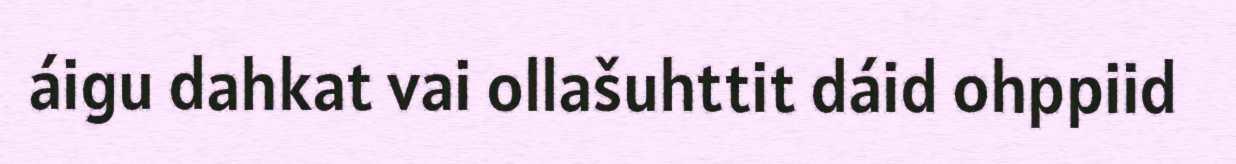
áigu dahkat vai ollašuhttit dáid ohppiid